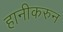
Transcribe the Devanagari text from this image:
हानीकरुन